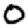
Digit: 0